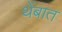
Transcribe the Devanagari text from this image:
थेंबात